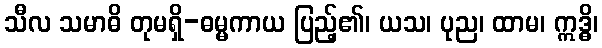
သီလ သမာဓိ တုမရှိ-ဓမ္မကာယ ပြည့်၏၊ ယသ၊ ပုည၊ ထာမ၊ ဣဒ္ဓိ၊